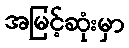
အမြင့်ဆုံးမှာ